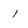
Character: 1